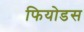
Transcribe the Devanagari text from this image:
फियोडस